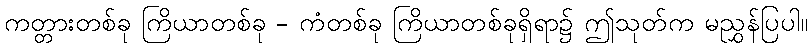
ကတ္တားတစ်ခု ကြိယာတစ်ခု - ကံတစ်ခု ကြိယာတစ်ခုရှိရာ၌ ဤသုတ်က မညွှန်ပြပါ။